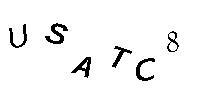
USATC8